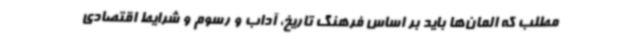
مطلب که المان‌ها باید بر اساس فرهنگ تاریخ، آداب و رسوم و شرایط اقتصادی